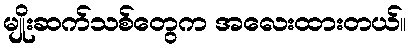
မျိုးဆက်သစ်တွေက အလေးထားတယ်။